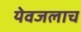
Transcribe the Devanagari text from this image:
येवजलाच